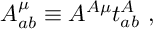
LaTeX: { \cal A } _ { a b } ^ { \mu } \equiv A ^ { A \mu } t _ { a b } ^ { A } \ ,